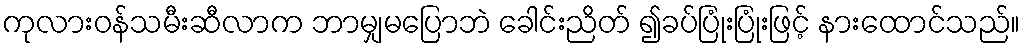
ကုလားဝန်သမီးဆီလာက ဘာမျှမပြောဘဲ ခေါင်းညိတ် ၍ခပ်ပြုံးပြုံးဖြင့် နားထောင်သည်။